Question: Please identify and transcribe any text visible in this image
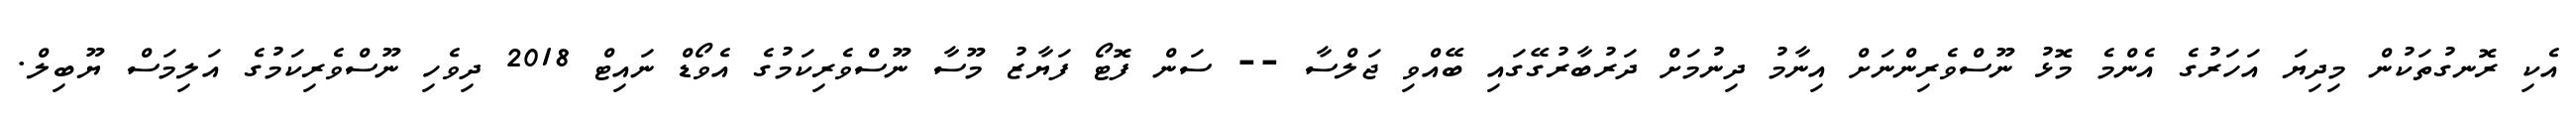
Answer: އެކި ރޮނގުތަކުން މިދިޔަ އަހަރުގެ އެންމެ މޮޅު ނޫސްވެރިންނަށް އިނާމު ދިނުމަށް ދަރުބާރުގޭގައި ބޭއްވި ޖަލްސާ -- ސަން ފޮޓޯ ފަޔާޒު މޫސާ ނޫސްވެރިކަމުގެ އެވޯޑް ނައިޓް 2018 ދިވެހި ނޫސްވެރިކަމުގެ އަލިމަސް ޔޫބިލް.